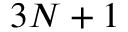
3 N + 1